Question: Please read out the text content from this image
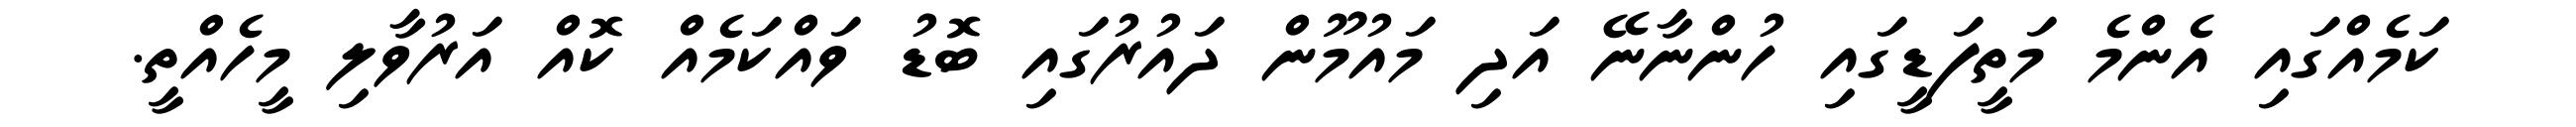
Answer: ކަމެއްގައި އެންމެ މަތީފަޑީގައި ހުންނާނޭ އަދި މައުމޫން ދައުރުގައި ބޮޑު ވައްކަމެއް ކޮއް އަރުވާލި މީހެއްތީ.